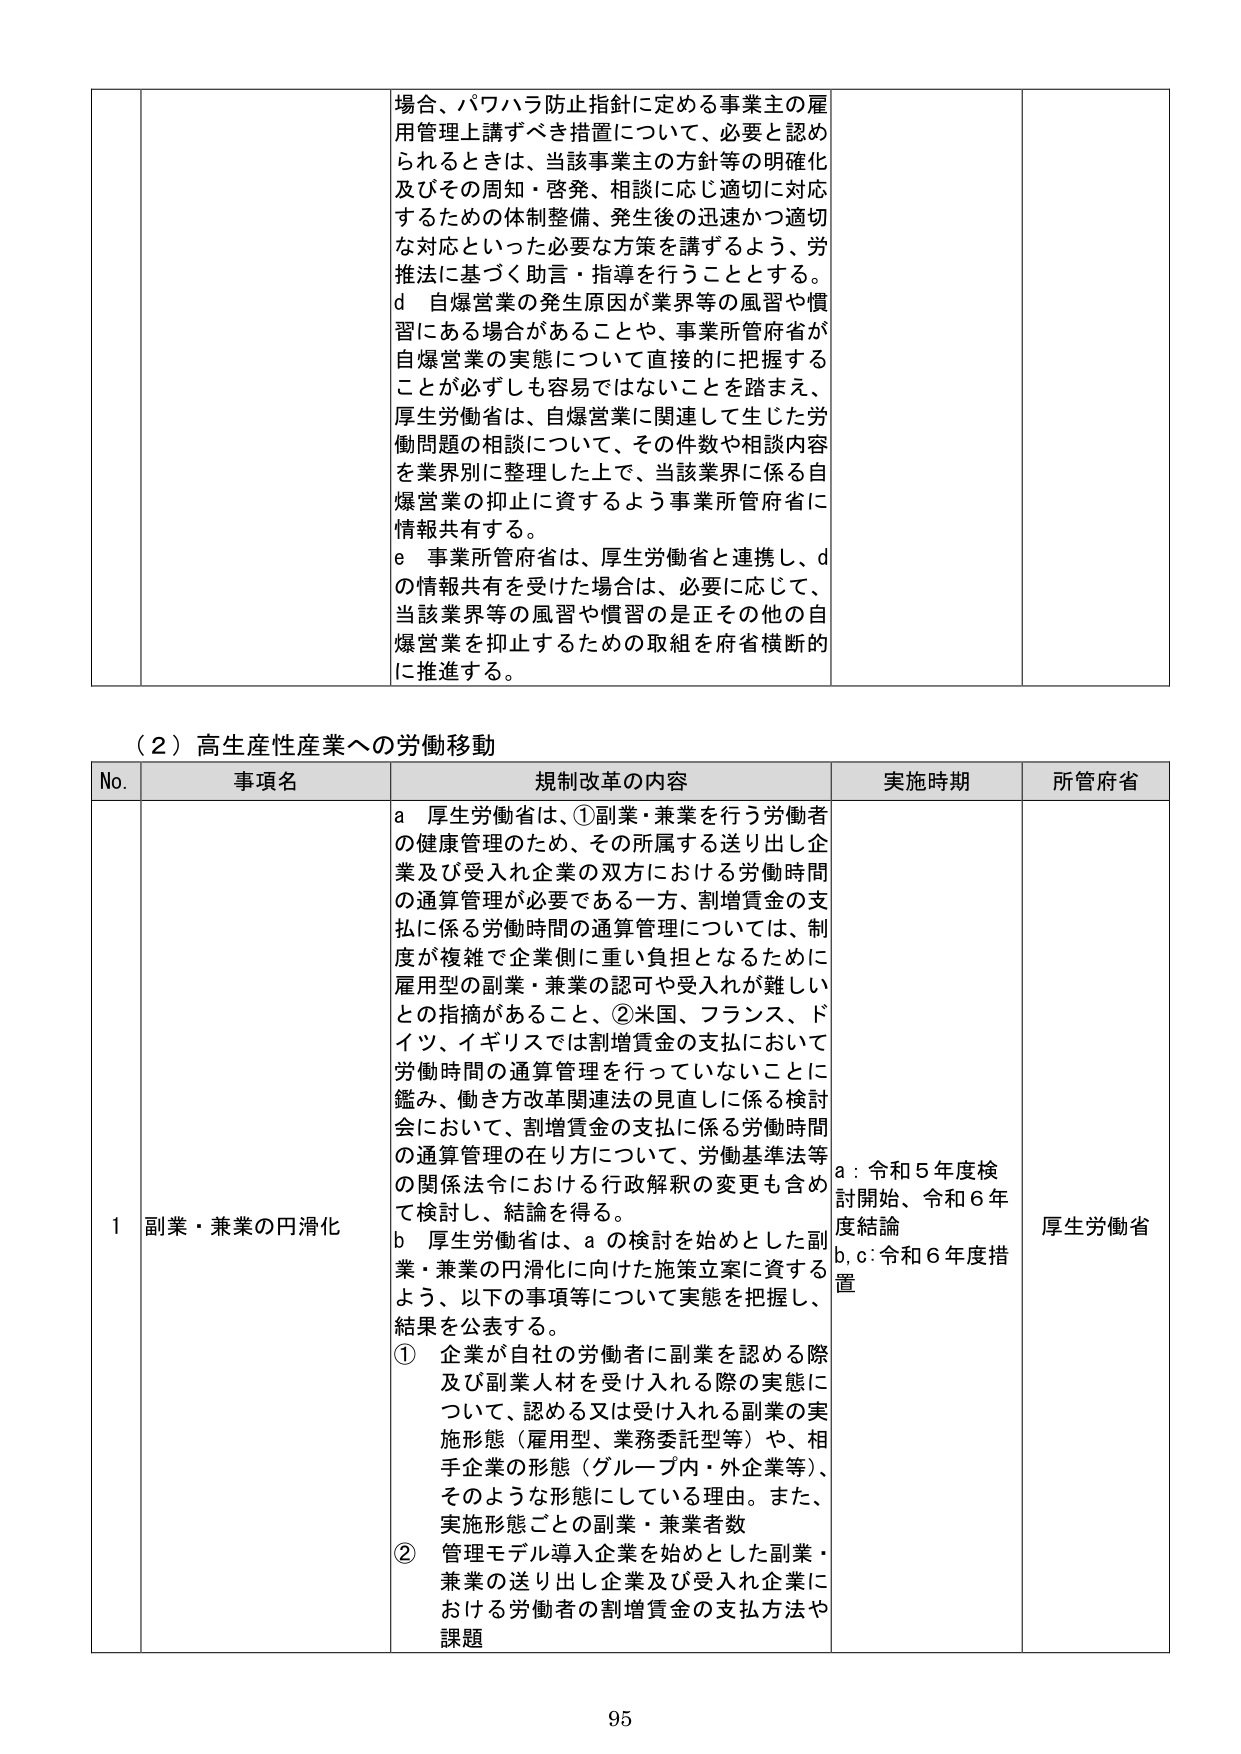
場合、パワハラ防止指針に定める事業主の雇用管理上講ずべき措置について、必要と認められるときは、当該事業主の方針等の明確化及びその周知・啓発、相談に応じ適切に対応するための体制整備、発生後の迅速かつ適切な対応といった必要な方策を講ずるよう、労推法に基づく助言・指導を行うこととする。
d 自爆営業の発生原因が業界等の風習や慣習にある場合があることや、事業所管府省が自爆営業の実態について直接的に把握することが必ずしも容易ではないことを踏まえ、厚生労働省は、自爆営業に関連して生じた労働問題の相談について、その件数や相談内容を業界別に整理した上で、当該業界に係る自爆営業の抑止に資するよう事業所管府省に情報共有する。
e 事業所管府省は、厚生労働省と連携し、dの情報共有を受けた場合は、必要に応じて、当該業界等の風習や慣習の是正その他の自爆営業を抑止するための取組を府省横断的に推進する。

（２）高生産性産業への労働移動

No. 事項名 規制改革の内容 実施時期 所管府省

1 副業・兼業の円滑化
a 厚生労働省は、①副業・兼業を行う労働者の健康管理のため、その所属する送り出し企業及び受入れ企業の双方における労働時間の通算管理が必要である一方、割増賃金の支払に係る労働時間の通算管理については、制度が複雑で企業側に重い負担となるために雇用型の副業・兼業の認可や受入れが難しいとの指摘があること、②米国、フランス、ドイツ、イギリスでは割増賃金の支払において労働時間の通算管理を行っていないことに鑑み、働き方改革関連法の見直しに係る検討会において、割増賃金の支払に係る労働時間の通算管理の在り方について、労働基準法等の関係法令における行政解釈の変更も含めて検討し、結論を得る。
b 厚生労働省は、aの検討を始めとした副業・兼業の円滑化に向けた施策立案に資するよう、以下の事項等について実態を把握し、結果を公表する。
① 企業が自社の労働者に副業を認める際及び副業人材を受け入れる際の実態について、認める又は受け入れる副業の実施形態（雇用型、業務委託型等）や、相手企業の形態（グループ内・外企業等）、そのような形態にしている理由。また、実施形態ごとの副業・兼業者数
② 管理モデル導入企業を始めとした副業・兼業の送り出し企業及び受入れ企業における労働者の割増賃金の支払方法や課題

a：令和5年度検討開始、令和6年度結論
b, c：令和6年度措置

厚生労働省

95